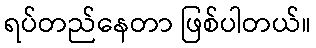
ရပ်တည်နေတာ ဖြစ်ပါတယ်။